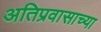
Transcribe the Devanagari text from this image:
अतिप्रवासाच्या